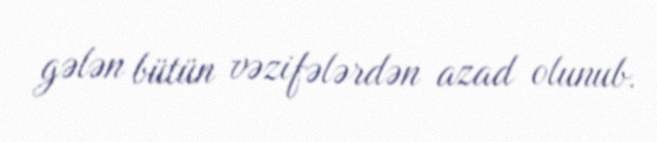
gələn bütün vəzifələrdən azad olunub.